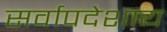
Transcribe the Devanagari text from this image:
सर्वापदेशाय